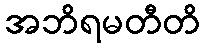
အဘိရမတီတိ